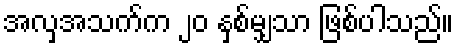
အလှအသက်က ၂၀ နှစ်မျှသာ ဖြစ်ပါသည်။